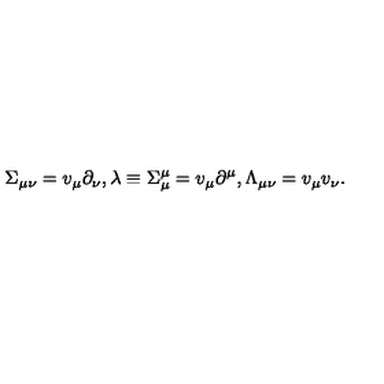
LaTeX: \Sigma _ { \mu \nu } = v _ { \mu } \partial _ { \nu } , \lambda \equiv \Sigma _ { \mu } ^ { \mu } = v _ { \mu } \partial ^ { \mu } , \Lambda _ { \mu \nu } = v _ { \mu } v _ { \nu } .